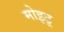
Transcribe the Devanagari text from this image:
मोइटू